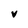
Character: v